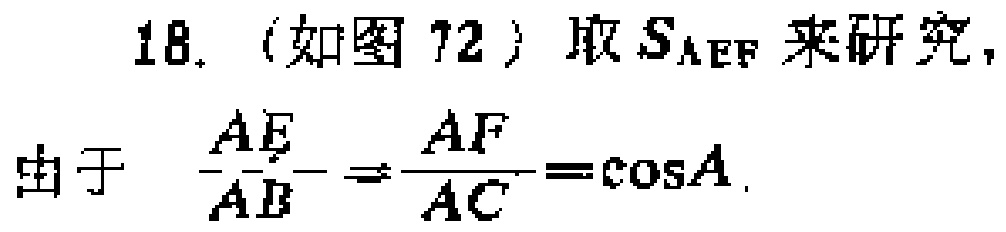
18.（如图72）取\(S_{\triangle AEF}\)来研究，
由于 \(\frac{AE}{AB}=\frac{AF}{AC}=\cos A\)。